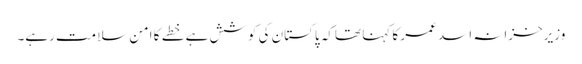
وزیرخزانہ اسد عمر کا کہنا تھاکہ پاکستان کی کوشش ہے خطے کا امن سلامت رہے۔